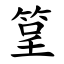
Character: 䇸